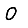
Digit: 0